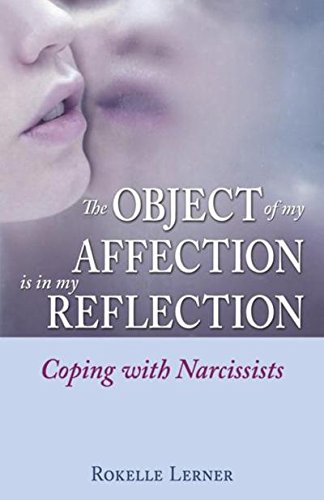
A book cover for The Object of My Affection Is in My Reflection: Coping with Narcissists; Rokelle Lerner; Health, Fitness & Dieting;